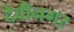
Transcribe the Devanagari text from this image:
देवीनगर